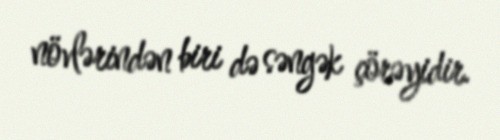
növlərindən biri də səngək çörəyidir.